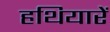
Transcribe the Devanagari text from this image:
हथियारें